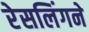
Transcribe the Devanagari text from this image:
रेसलिंगने